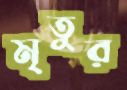
মৃতুর